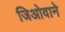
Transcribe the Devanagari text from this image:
जिओवाने